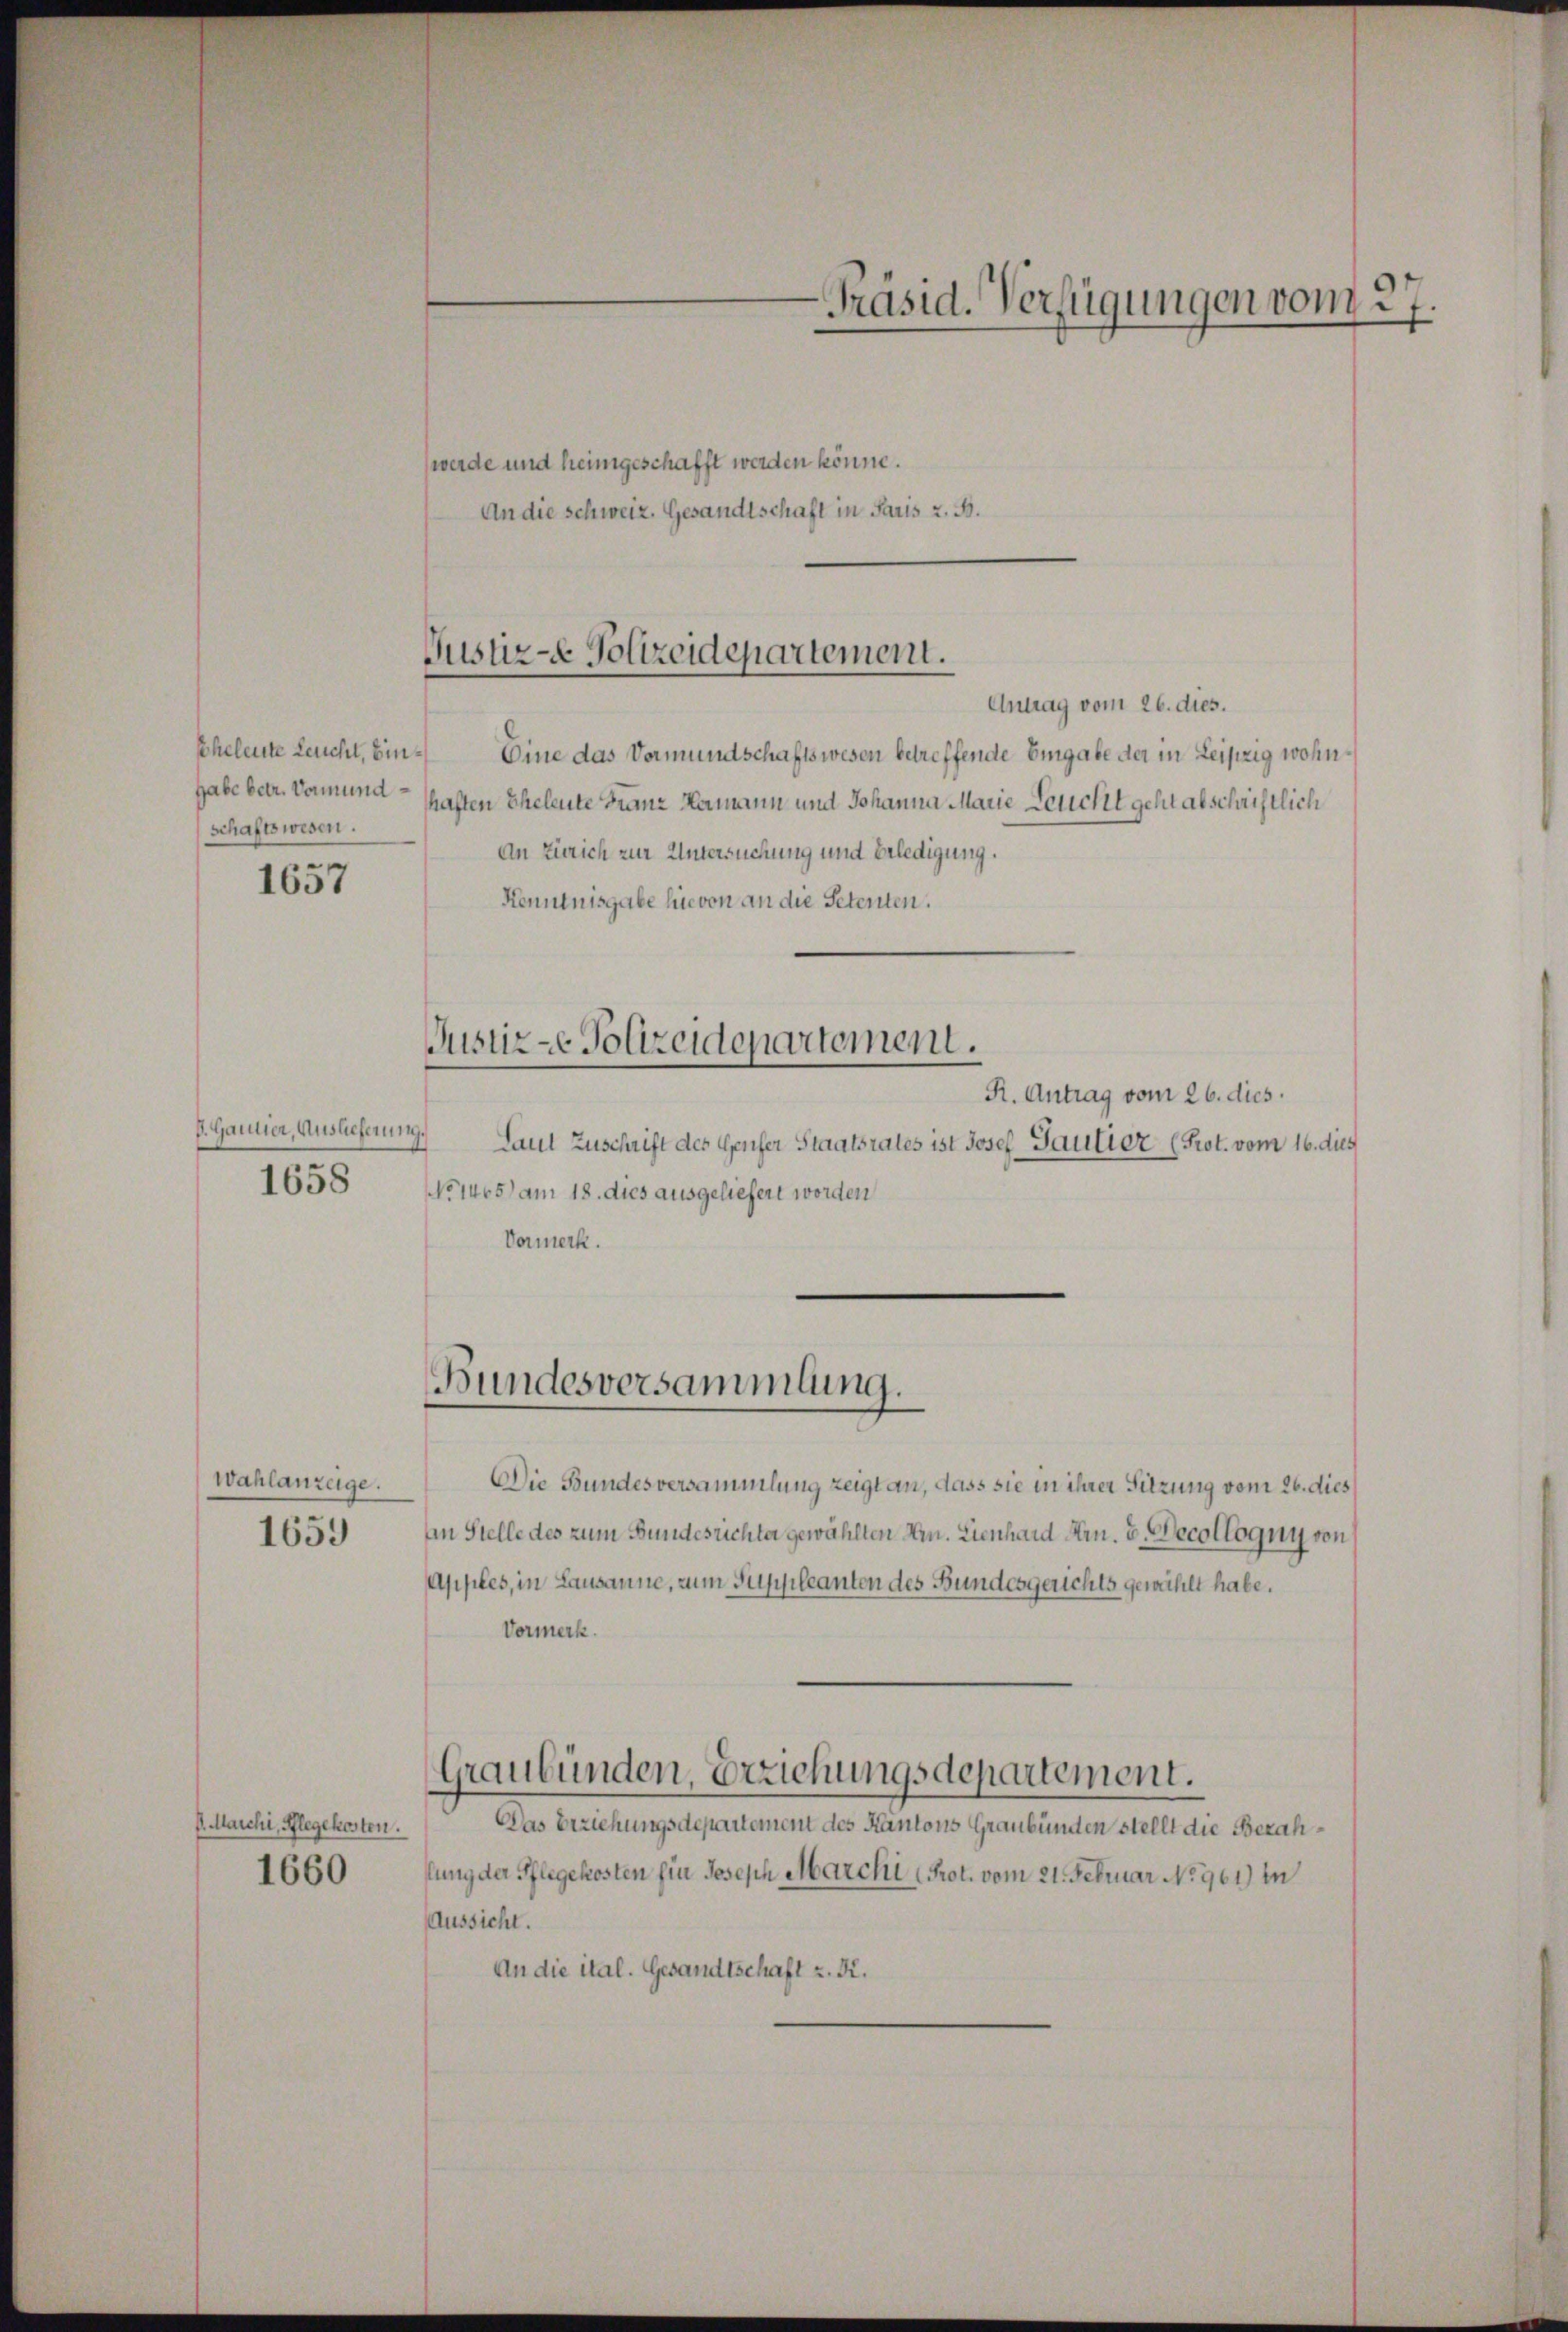
Eheleute Leucht, bin¬
Habe betr. Vormund
schaftswesen.
1657

d. Gantier, Auslieferung.
1658

Wahlanzeige.
1659

G. Marchi, Pflegekosten.
1660

werde und heimgeschafft werden könne.
An die Schweiz. Gesandtschaft in Paris z. B.

Antrag vom 26. dies.
Eine das Vormundschaftswesen betreffende Eingabe der in Leipzig wohnhaften Eheleute Franz Hermann und Johanna Marie Leucht geht abschriftlich
An Zürich zur Untersuchung und Erledigung.
Kenntnisgabe hievon an die Petenten.
Justiz-e Polizeidepartement.
R. Antrag vom 26. dies
Laut Zuschrift des Genfer Staatsrates ist Josef Gautier (Prot. vom 16. dies
NNo 1405) am 18. dies ausgeliefert worden
Vormerk.

Justiz-e Polizeidepartement.

Bundesversammlung.

Die Bundesversammlung zeigt an, dass sie in ihrer Sitzung vom 26. dies
An Stelle des zum Bundesrichter gewählten Hrn. Lienhard Hrn. 3. Decollogny von
Apples, in Lausanne, zum Suppleanten des Bundesgerichts gewählt habe.
Vormerk.
Das Beziehungsdepartement des Kantons Graubünden stellt die Bezahflung der Pflegekosten für Joseph Marchi (Prot. vom 21. Februar No 961) in
Aussicht.
An die ital. Gesandtschaft z. R.

Graubünden, Erziehungsdepartement.

Präsid. Verfügungen vom 27.